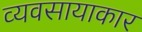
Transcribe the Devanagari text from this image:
व्यवसायाकार